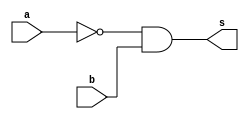
//GuiaCincoQuestaoSeis
//Nome: Victor Leite de Andrade
//------------------------------

module a(output s,input a,input b);

wire not_a;
not NOT1(not_a,a);
and AND1(s,not_a,b);

endmodule

module b(output s,input a,input b);

assign s = ~(a ^ b);

endmodule

module GuiaCincoQuestaoSeis;

reg x;
reg y;
wire a,b;
a moduloA(a,x,y);
b moduloB(b,x,y);

initial
begin:main
	$display("Exemplo_0502 - Victor Leite de Andrade - 656016");
	$display("   x    y    a    b");
	$monitor("%4b %4b %4b %4b",x,y,a,b);
	x = 1'b0; y = 1'b0;
	#1 x = 1'b0; y = 1'b1;
	#1 x = 1'b1; y = 1'b0;
	#1 x = 1'b1; y = 1'b1;
end
endmodule